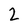
Character: 2